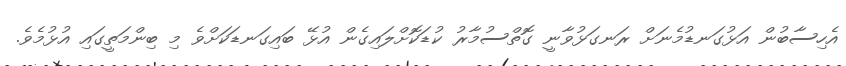
އެހިސާބުން އަޅުގަނޑުމެނަށް ރަނގަޅުވާނީ ގޮތްސުމާރު ކުޑަކޮށްލައިގެން އުޅޭ ބައިގަނޑަކަށްވެ މި ބިންމަތީގައި އުޅުމެވެ.